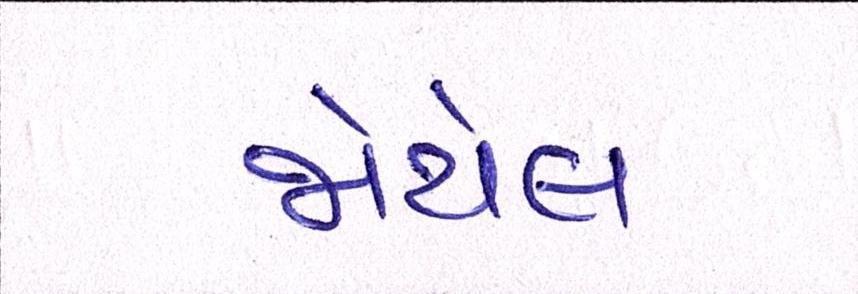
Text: જોયેલ